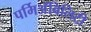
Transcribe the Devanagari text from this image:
पर्मिअॅबिलिटी